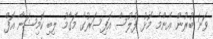
ވަނަ ބުރުން އެންމެ މޮޅު ފުލުސް އޮފިސަރުގެ މަގާމު ލިބި ކޮމިޝަނާ އޮފް